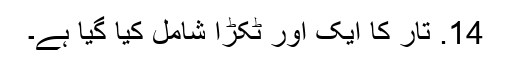
14. تار کا ایک اور ٹکڑا شامل کیا گیا ہے۔